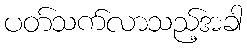
ပတ်သက်လာသည့်အခါ